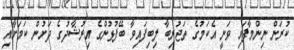
ކުރަން ނިންމާފައި ވަނީ އެކަމުގެ ތަޖުރިބާ ލިބިފައިވާ ބޭފުޅުންގެ އިރުޝާދުގެ ދަށުން ކަމަށާއި